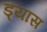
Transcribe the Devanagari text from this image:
ड्यास